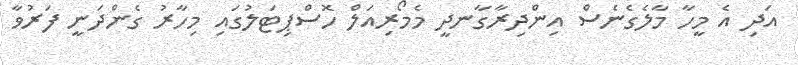
އަދި އެ މީހާ މާލެގެނެސް އިންދިރާގާނދީ މެމޯރިއަލް ހޮސްޕިޓަލުގައި މިހާރު ގެންދަނީ ފަރުވާ